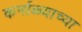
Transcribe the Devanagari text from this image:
कर्नाळ्याच्या